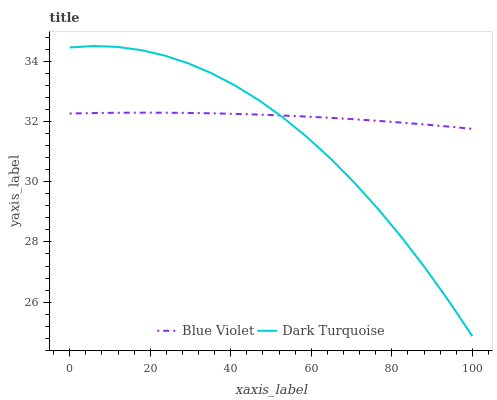
| xaxis_label | Blue Violet | Dark Turquoise |
 | --- | --- | --- |
 | 0 | 32.3 | 34.5 |
 | 5.88 | 32.3 | 34.5 |
 | 11.8 | 32.3 | 34.5 |
 | 17.6 | 32.3 | 34.4 |
 | 23.5 | 32.3 | 34.2 |
 | 29.4 | 32.3 | 34 |
 | 35.3 | 32.3 | 33.6 |
 | 41.2 | 32.3 | 33.2 |
 | 47.1 | 32.2 | 32.7 |
 | 52.9 | 32.2 | 32.1 |
 | 58.8 | 32.2 | 31.5 |
 | 64.7 | 32.1 | 30.8 |
 | 70.6 | 32.1 | 30 |
 | 76.5 | 32 | 29.1 |
 | 82.4 | 32 | 28.2 |
 | 88.2 | 31.9 | 27.1 |
 | 94.1 | 31.8 | 26 |
 | 100 | 31.8 | 24.9 |